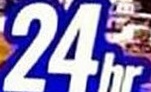
24hr